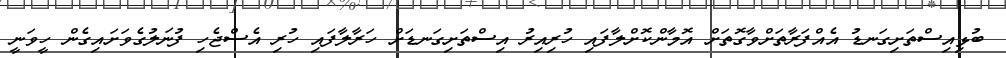
ބުޅިއިސްތަށިގަނޑު އެއްފަރާތަށްވާގޮތަށް އޮމާންކޮށްލާފައި ހުރިއިރު އިސްތަށިގަނޑަށް ހަރާލާފައި ހުރި އެސްޖެހި ފުނަލުގެވަށައިގެން ހީވަނީ